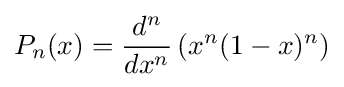
P_{n}(x)={\frac {d^{n}}{dx^{n}}}\left(x^{n}(1-x)^{n}\right)